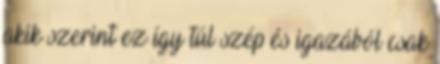
akik szerint ez így túl szép és igazából csak